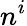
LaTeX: n^{i}